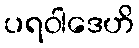
ပရဝါဒေဟိ